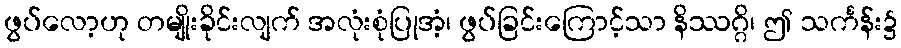
ဖွပ်လော့ဟု တမျိုးခိုင်းလျက် အလုံးစုံပြုအံ့၊ ဖွပ်ခြင်းကြောင့်သာ နိဿဂ္ဂိ၊ ဤ သင်္ကန်း၌